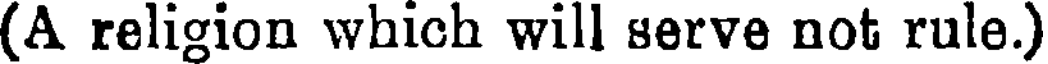
(A religion which will serve not rule.)